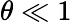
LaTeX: \theta\ll 1